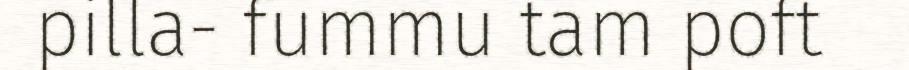
pilla- fummu tam poft